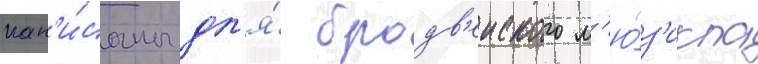
нап'и́саны дл'я́ бродв'еиского м'ю́з'икла